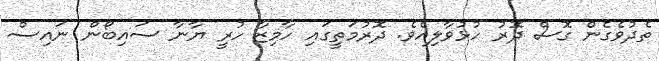
ތެދުވެގެން ގޮސް ދޮރު ހުޅުވާލިއެވެ. ދޮރުމަތީގައި ހާމިޒާ ހުރީ ޔާނާ ސައިބޯން ނައިސް